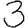
Digit: 3